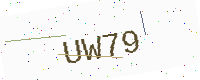
Text: UW79